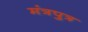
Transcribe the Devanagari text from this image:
मंत्रपुत्र